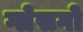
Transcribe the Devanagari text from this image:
ग्लेसगो